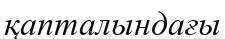
қапталындағы